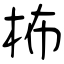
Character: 柨